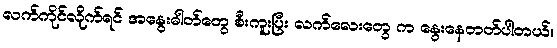
လက်ကိုင်လိုက်ရင် အနွေးဓါတ်တွေ စီးကူးပြီး လက်လေးတွေ က နွေးနေတတ်ပါတယ်။